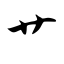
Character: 艹